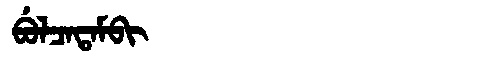
Manchu: ᠪᡠᠯᠴᠠᡨᠠᠮᠪᡳ
Romanization: BULCATAMBI